画像に写った文字を読んでください
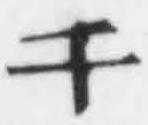
「千」と書いてあります